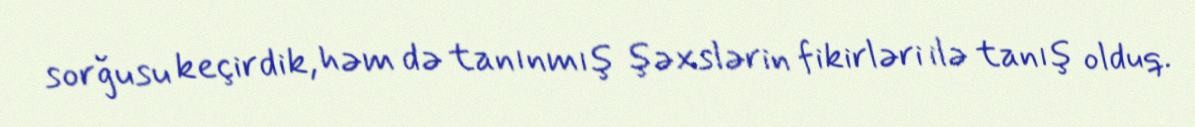
sorğusu keçirdik, həm də tanınmış şəxslərin fikirləri ilə tanış olduq.